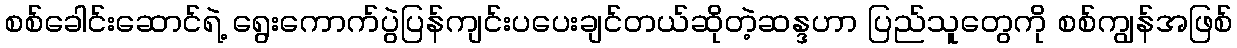
စစ်ခေါင်းဆောင်ရဲ့ ရွေးကောက်ပွဲပြန်ကျင်းပပေးချင်တယ်ဆိုတဲ့ဆန္ဒဟာ ပြည်သူတွေကို စစ်ကျွန်အဖြစ်